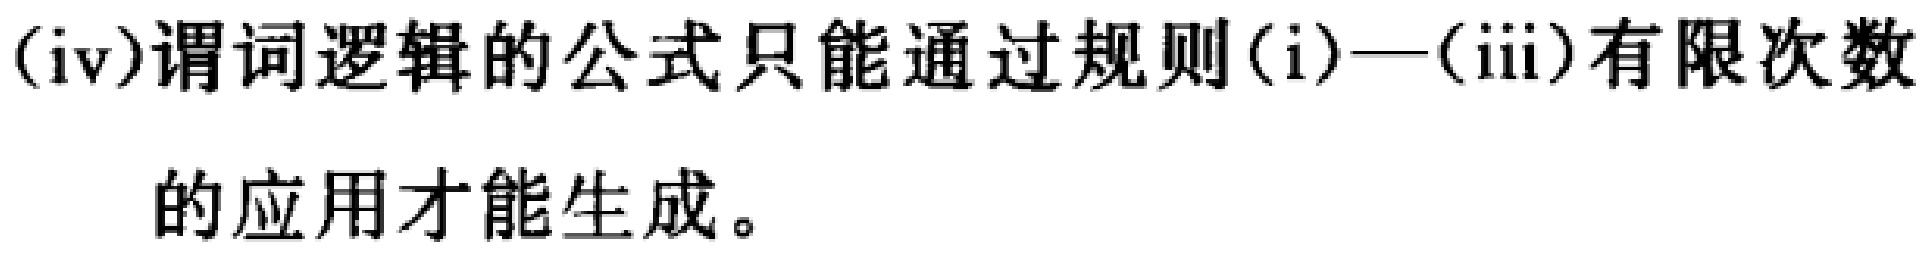
(iv)谓词逻辑的公式只能通过规则(i)—(iii)有限次数的应用才能生成。